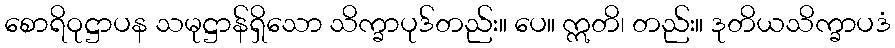
စောရိဝုဋ္ဌာပန သမုဋ္ဌာန်ရှိသော သိက္ခာပုဒ်တည်း။ ပေ။ ဣတိ၊ တည်း။ ဒုတိယသိက္ခာပဒံ